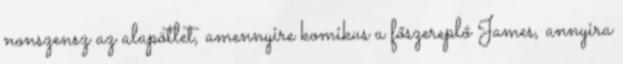
nonszensz az alapötlet, amennyire komikus a főszereplő James, annyira